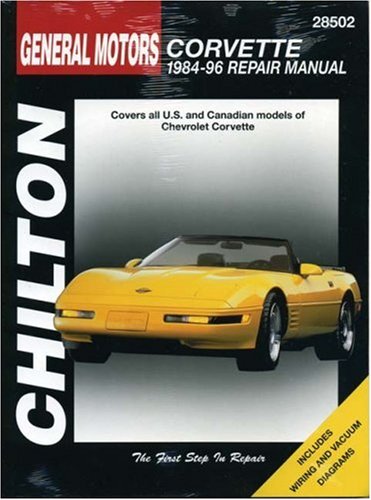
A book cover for General Motors Corvette: 1984-96 Repair Manual, 28502- Covers All U.S. and Canadian Models of Chevrolet Corvette; Christine L. Nuckowski; Engineering & Transportation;